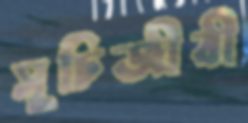
সূচিজীবী